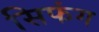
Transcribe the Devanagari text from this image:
सिफंग